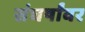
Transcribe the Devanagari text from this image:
संघर्षांवर